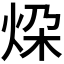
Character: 𪸨